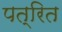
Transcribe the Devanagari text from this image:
पत्रित